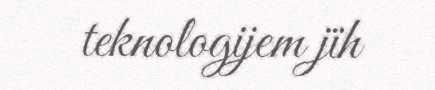
teknologijem jïh